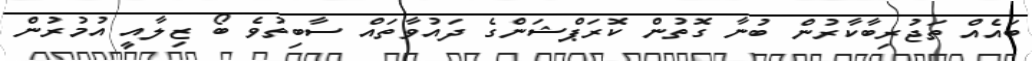
ބައެއް ތަޖުރިބާކާރުން ބުނާ ގޮތުން ކޮރަޕްޝަންގެ ދައުވާތައް ސާބިތުވެ ބޯ ޒިލާއީ އުމުރުން